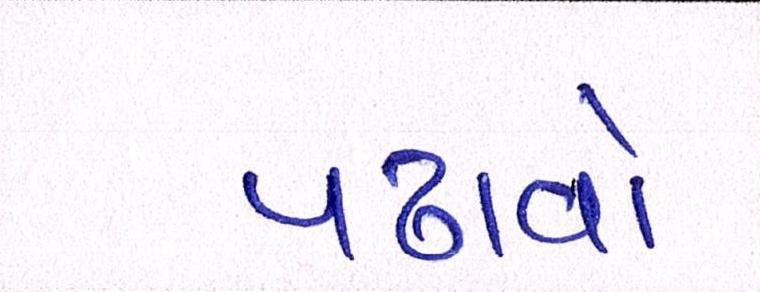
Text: પઢાવો